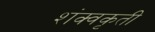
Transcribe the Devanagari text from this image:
शंक्वकृती